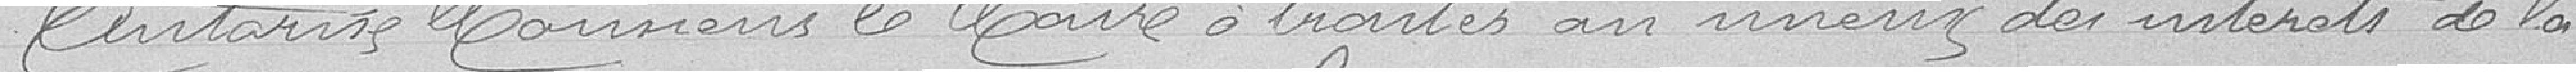
autorise Monsieur Le Maire à traiter au mieux des intérêts de la